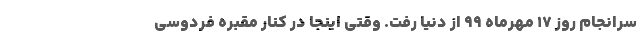
سرانجام روز ۱۷ مهرماه ۹۹ از دنیا رفت. وقتی اینجا در کنار مقبره فردوسی